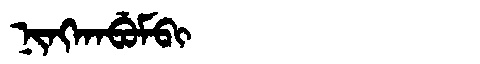
Manchu: ᠨᡳᠩᡴᠠᠪᡠᠮᠪᡳ
Romanization: NINGKABUMBI